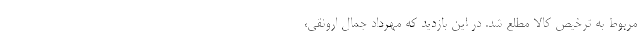
مربوط به ترخیص کالا مطلع شد. در این بازدید که مهرداد جمال ارونقی،